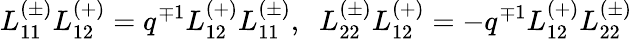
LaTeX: L_{11}^{(\pm)}L_{12}^{(+)}=q^{\mp 1}L_{12}^{(+)}L_{11}^{(\pm)},\; \; L_{22}^{(\pm)}L_{12}^{(+)}=-q^{\mp 1}L_{12}^{(+)}L_{22}^{(\pm)}